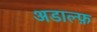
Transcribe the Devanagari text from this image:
अडाल्फ़